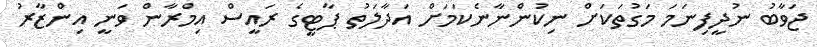
ޖަވާބު ނުދީފިނަމަ މަގުތަކަށް ނިކުންނާނެކަމަށް އަދާލަތު ޕާޓީގެ ރައީސް އިމްރާން ވަނީ އިންޒާރު